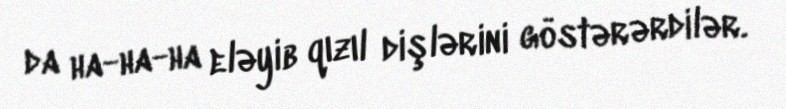
da ha-ha-ha eləyib qızıl dişlərini göstərərdilər.